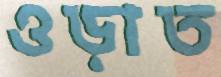
ওড়াত